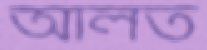
আলত